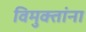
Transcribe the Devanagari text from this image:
विमुक्तांना